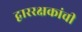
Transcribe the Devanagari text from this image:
द्वाररक्षकांची